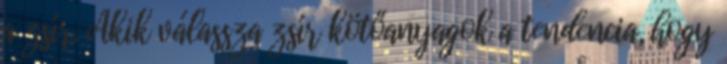
a zsír. Akik válassza zsír kötőanyagok a tendencia, hogy